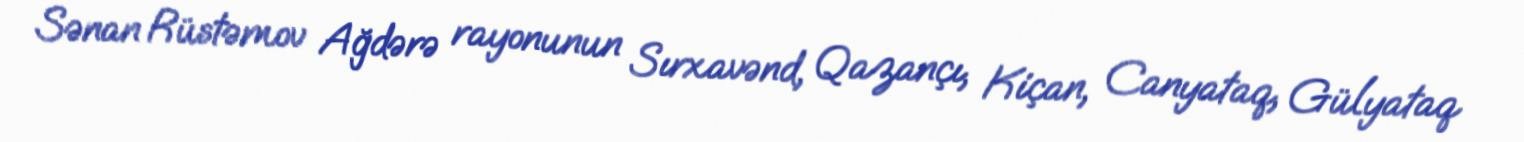
Sənan Rüstəmov Ağdərə rayonunun Sırxavənd, Qazançı, Kiçan, Canyataq, Gülyataq